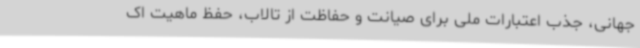
جهانی، جذب اعتبارات ملی برای صیانت و حفاظت از تالاب، حفظ ماهیت اک